Report on vaccination in the Province of Bengal - 1869-1873
Year: 1869
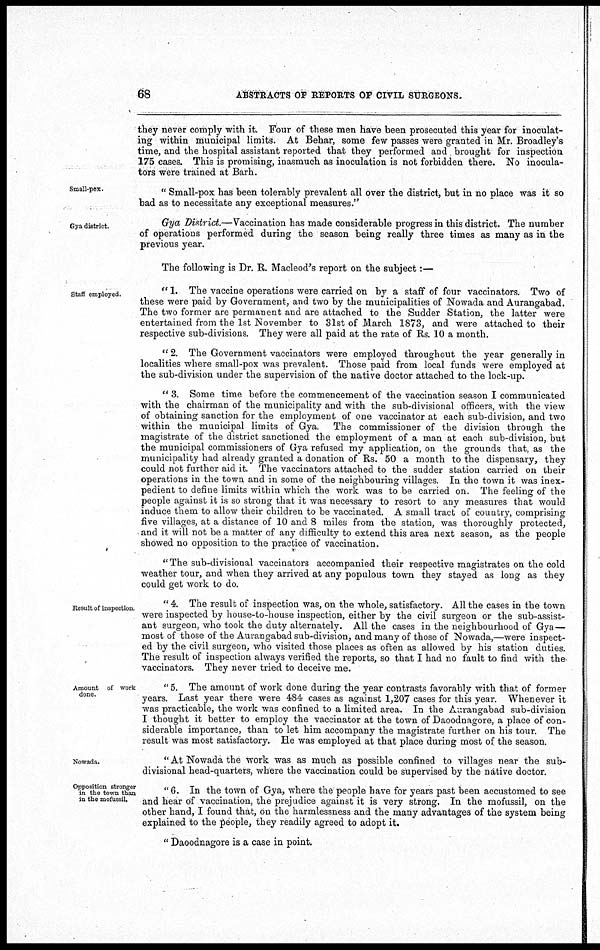
68
ABSTRACTS OF REPORTS OF CIVIL SURGEONS.
they never comply with it. Four of these men have been prosecuted this year for inoculat-
ing within municipal limits. At Behar, some few passes were granted in Mr. Broadley's
time, and the hospital assistant reported that they performed and brought for inspection
175 cases. This is promising, inasmuch as inoculation is not forbidden there. No inocula¬
tors were trained at Barh.
Small-pox.
" Small-pox has been tolerably prevalent all over the district, but in no place was it so
bad as to necessitate any exceptional measures."
Gya district.
Gya District.—Vaccination has made considerable progress in this district. The number
of operations performed during the season being really three times as many as in the
previous year.
The following is Dr. R. Macleod's report on the subject:—
Staff employed.
" 1. The vaccine operations were carried on by a staff of four vaccinators. Two of
these were paid by Government, and two by the municipalities of Nowada and Aurangabad.
The two former are permanent and are attached to the Sudder Station, the latter were
entertained from the 1st November to 31st of March 1873, and were attached to their
respective sub-divisions. They were all paid at the rate of Rs. 10 a month.
" 2. The Government vaccinators were employed throughout the year generally in
localities where small-pox was prevalent. Those paid from local funds were employed at
the sub-division under the supervision of the native doctor attached to the lock-up.
" 3. Some time before the commencement of the vaccination season I communicated
with the chairman of the municipality and with the sub-divisional officers, with the view
of obtaining sanction for the employment of one vaccinator at each sub-division, and two
within the municipal limits of Gya. The commissioner of the division through the
magistrate of the district sanctioned the employment of a man at each sub-division, but
the municipal commissioners of Gya refused my application, on the grounds that, as the
municipality had already granted a donation of Rs. 50 a month to the dispensary, they
could not further aid it. The vaccinators attached to the sudder station carried on their
operations in the town and in some of the neighbouring villages. In the town it was inex-
pedient to define limits within which the work was to be carried on. The feeling of the
people against it is so strong that it was necessary to resort to any measures that would
induce them to allow their children to be vaccinated. A small tract of country, comprising
five villages, at a distance of 10 and 8 miles from the station, was thoroughly protected,
and it will not be a matter of any difficulty to extend this area next season, as the people
showed no opposition to the practice of vaccination.
" The sub-divisional vaccinators accompanied their respective magistrates on the cold
weather tour, and when they arrived at any populous town they stayed as long as they
could get work to do.
Result of inspection
" 4. The result of inspection was, on the whole, satisfactory. All the cases in the town
were inspected by house-to-house inspection, either by the civil surgeon or the sub-assist-
ant surgeon, who took the duty alternately. All the cases in the neighbourhood of Gya—
most of those of the Aurangabad sub-division, and many of those of Nowada,—were inspect-
ed by the civil surgeon, who visited those places as often as allowed by his station duties.
The result of inspection always verified the reports, so that I had no fault to find with the
vaccinators. They never tried to deceive me.
Amount of work
done.
" 5. The amount of work done during the year contrasts favorably with that of former
years. Last year there were 484 cases as against 1,207 cases for this year. Whenever it
was practicable, the work was confined to a limited area. In the Aurangabad sub-division
I thought it better to employ the vaccinator at the town of Daoodnagore, a place of con-
siderable importance, than to let him accompany the magistrate further on his tour. The
result was most satisfactory. He was employed at that place during most of the season.
Nowada.
" At Nowada the work was as much as possible confined to villages near the sub-
divisional head-quarters, where the vaccination could be supervised by the native doctor.
Opposition stronger
in the town than
in the mofussil.
"6. In the town of Gya, where the people have for years past been accustomed to see
and hear of vaccination, the prejudice against it is very strong. In the mofussil, on the
other hand, I found that, on the harmlessness and the many advantages of the system being
explained to the people, they readily agreed to adopt it.
" Daoodnagore is a case in point.